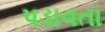
પડાવતા